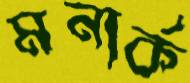
মনার্ক